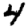
Digit: 4